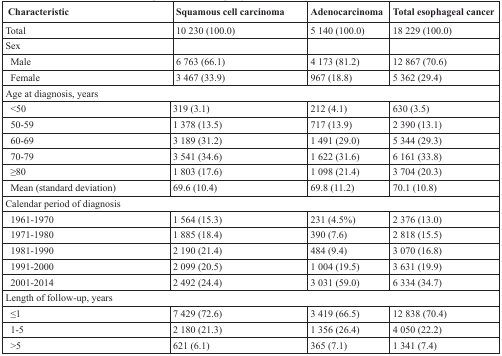
<table><thead><tr><td><b>Characteristic</b></td><td><b>Squamous cell carcinoma</b></td><td><b>Adenocarcinoma</b></td><td><b>Total esophageal cancer</b></td></tr></thead><tbody><tr><td>Total</td><td>10 230 (100.0)</td><td>5 140 (100.0)</td><td>18 229 (100.0)</td></tr><tr><td>Sex</td><td></td><td></td><td></td></tr><tr><td> Male</td><td>6 763 (66.1)</td><td>4 173 (81.2)</td><td>12 867 (70.6)</td></tr><tr><td> Female</td><td>3 467 (33.9)</td><td>967 (18.8)</td><td>5 362 (29.4)</td></tr><tr><td colspan="4">Age at diagnosis, years</td></tr><tr><td> &lt;50</td><td>319 (3.1)</td><td>212 (4.1)</td><td>630 (3.5)</td></tr><tr><td> 50-59</td><td>1 378 (13.5)</td><td>717 (13.9)</td><td>2 390 (13.1)</td></tr><tr><td> 60-69</td><td>3 189 (31.2)</td><td>1 491 (29.0)</td><td>5 344 (29.3)</td></tr><tr><td> 70-79</td><td>3 541 (34.6)</td><td>1 622 (31.6)</td><td>6 161 (33.8)</td></tr><tr><td> ≥80</td><td>1 803 (17.6)</td><td>1 098 (21.4)</td><td>3 704 (20.3)</td></tr><tr><td> Mean (standard deviation)</td><td>69.6 (10.4)</td><td>69.8 (11.2)</td><td>70.1 (10.8)</td></tr><tr><td colspan="4">Calendar period of diagnosis</td></tr><tr><td> 1961-1970</td><td>1 564 (15.3)</td><td>231 (4.5%)</td><td>2 376 (13.0)</td></tr><tr><td> 1971-1980</td><td>1 885 (18.4)</td><td>390 (7.6)</td><td>2 818 (15.5)</td></tr><tr><td> 1981-1990</td><td>2 190 (21.4)</td><td>484 (9.4)</td><td>3 070 (16.8)</td></tr><tr><td> 1991-2000</td><td>2 099 (20.5)</td><td>1 004 (19.5)</td><td>3 631 (19.9)</td></tr><tr><td> 2001-2014</td><td>2 492 (24.4)</td><td>3 031 (59.0)</td><td>6 334 (34.7)</td></tr><tr><td colspan="4">Length of follow-up, years</td></tr><tr><td> ≤1</td><td>7 429 (72.6)</td><td>3 419 (66.5)</td><td>12 838 (70.4)</td></tr><tr><td> 1-5</td><td>2 180 (21.3)</td><td>1 356 (26.4)</td><td>4 050 (22.2)</td></tr><tr><td> &gt;5</td><td>621 (6.1)</td><td>365 (7.1)</td><td>1 341 (7.4)</td></tr></tbody></table>